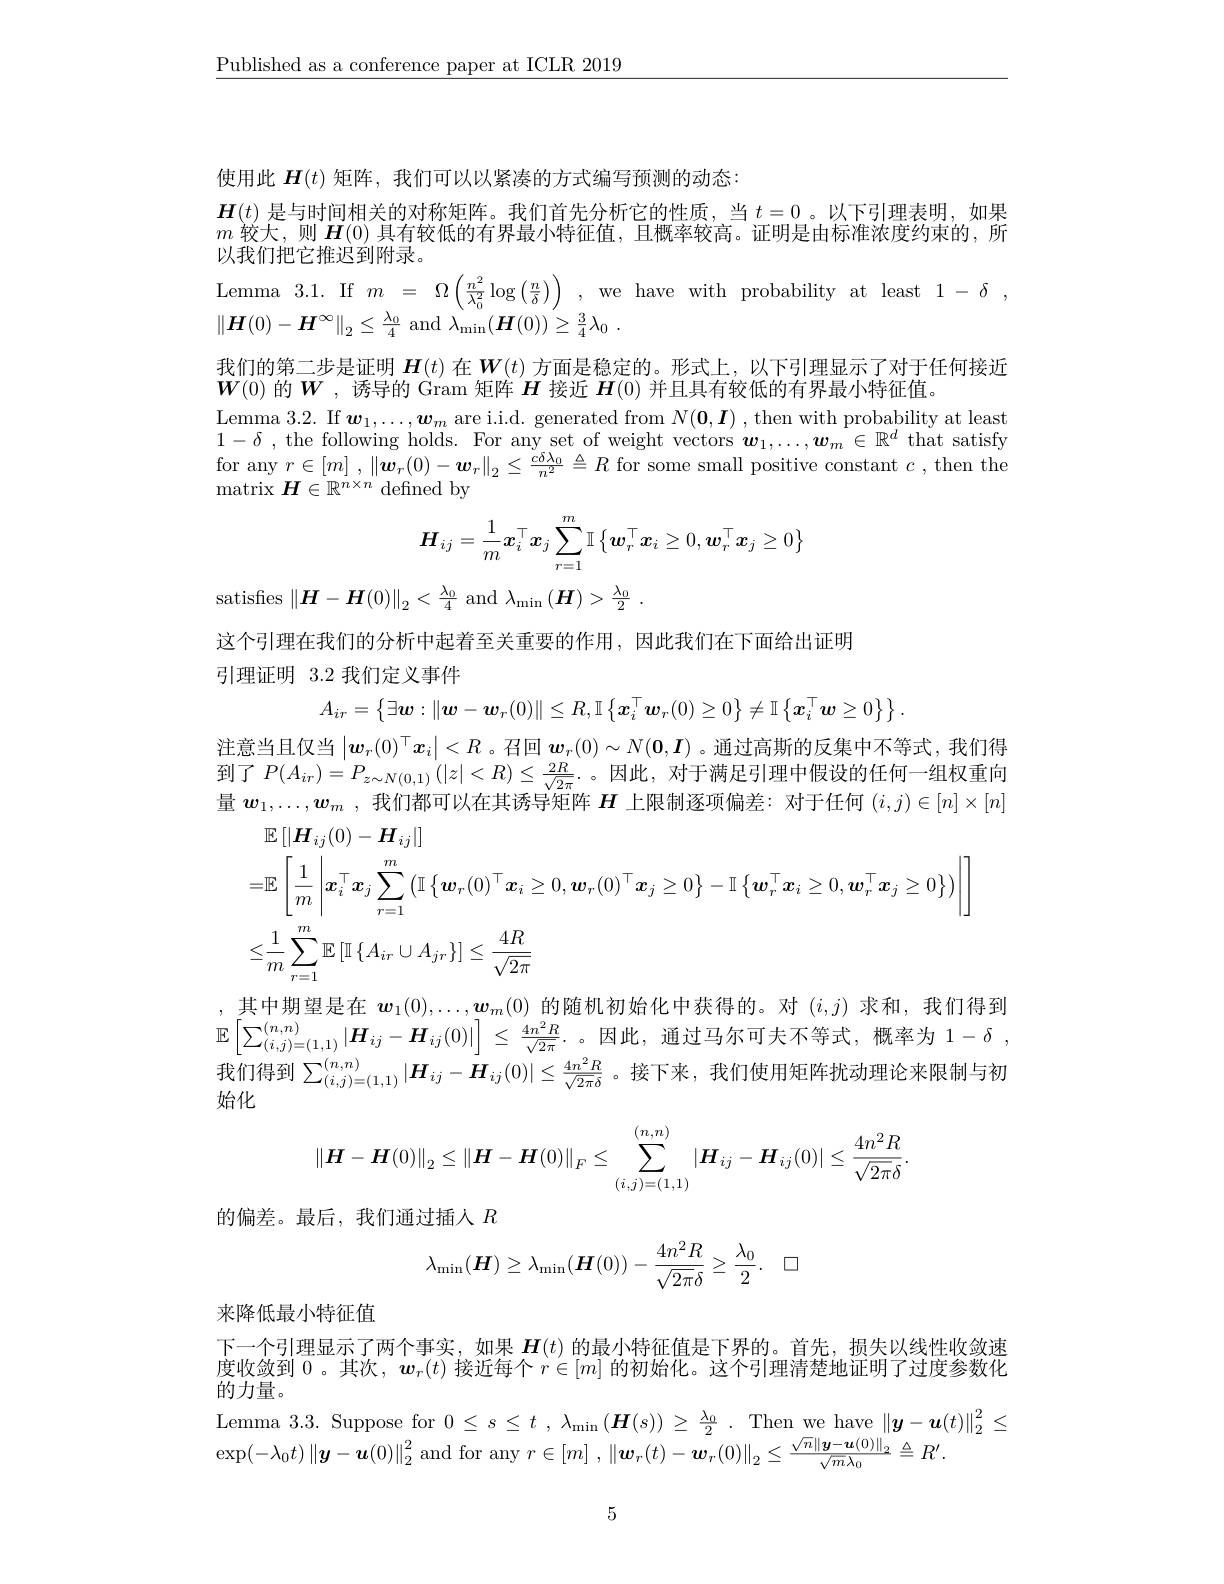
$\underline{\text{Published as a conference paper at ICLR 2019}}$

使用此$\boldsymbol{H}(t)$矩阵，我们可以以紧凑的方式编写预测的动态：
$\boldsymbol{H}(t)$是与时间相关的对称矩阵。我们首先分析它的性质，当$t=0$ 。以下引理表明，如果$m$较大，则$\boldsymbol{H}(0)$具有较低的有界最小特征值，且概率较高。证明是由标准浓度约束的，所以我们把它推迟到附录。
Lemma 3.1. If$m=\Omega\left(\frac{n^2}{\lambda_0^2}\log\left(\frac{n}{\delta}\right)\right)$,we have with probability at least $1-\delta$,
$\|\boldsymbol{H}(0)-\boldsymbol{H}^{\infty}\|_{2}\leq\frac{\lambda_{0}}{4}$ and $\lambda_\mathrm{min}(\boldsymbol{H}(0))\geq\frac{3}{4}\lambda_{0}$
我们的第二步是证明$\boldsymbol{H}(t)$在$\boldsymbol{W}(t)$方面是稳定的。形式上，以下引理显示了对于任何接近
$\boldsymbol{W}(0)$的$\boldsymbol{W}$,诱导的 Gram 矩阵$\boldsymbol{H}$接近$\boldsymbol{H}(0)$并且具有较低的有界最小特征值。
$\begin{array}{c}\mathrm{Lemma~3.2.~If~}\boldsymbol{w}_1,\ldots,\boldsymbol{w}_m\mathrm{~are~i.i.d.~generated~from~}N(\mathbf{0},\boldsymbol{I})\end{array}$,then with probability at least $1- \delta$ , the following holds. For any set of weight vectors $\boldsymbol w_1,\ldots,\boldsymbol w_m\in\mathbb{R}^d$ that satisfy for any $r\in[m]$ , $\|\boldsymbol{w}_r(0)-\boldsymbol{w}_r\|_2\leq\frac{c\delta\lambda_0}{n^2}\triangleq R$ for some small positive constant $c$, then the $\operatorname*{matrix}H\in\mathbb{R}^{n\times n}$ defined by
$$\boldsymbol{H}_{ij}=\frac{1}{m}\boldsymbol{x}_{i}^{\top}\boldsymbol{x}_{j}\sum_{r=1}^{m}\mathbb{I}\left\{\boldsymbol{w}_{r}^{\top}\boldsymbol{x}_{i}\geq0,\boldsymbol{w}_{r}^{\top}\boldsymbol{x}_{j}\geq0\right\}$$
satisfies $\|\boldsymbol{H}-\boldsymbol{H}(0)\|_{2}<\frac{\lambda_{0}}{4}$ and $\lambda_\mathrm{min}\left(\boldsymbol{H}\right)>\frac{\lambda_{0}}{2}.$
这个引理在我们的分析中起着至关重要的作用，因此我们在下面给出证明
引理证明 3.2 我们定义事件
$$A_{ir}=\begin{Bmatrix}\exists\boldsymbol{w}:\|\boldsymbol{w}-\boldsymbol{w}_r(0)\|\leq R,\mathbb{I}\begin{Bmatrix}\boldsymbol{x}_i^\top\boldsymbol{w}_r(0)\geq0\end{Bmatrix}\neq\mathbb{I}\begin{Bmatrix}\boldsymbol{x}_i^\top\boldsymbol{w}\geq0\end{Bmatrix}\end{Bmatrix}.$$
注意当且仅当$|\boldsymbol w_r(0)^\top\boldsymbol{x}_i|<R$ 。召回$\boldsymbol w_r(0)\sim N(\boldsymbol{0},\boldsymbol{I})$ 。通过高斯的反集中不等式，我们得到了$P(A_{ir})=P_{z\sim N(0,1)}\left(|z|<R\right)\leq\frac{2R}{\sqrt{2\pi}}.$。因此，对于满足引理中假设的任何一组权重向量$w_1,\ldots,w_m$ ,我们都可以在其诱导矩阵$H$上限制逐项偏差：对于任何$(i,j)\in[n]\times[n]$
$$\begin{aligned}&\mathbb{E}\left[|\boldsymbol{H}_{ij}(0)-\boldsymbol{H}_{ij}|\right]\\&=\mathbb{E}\left[\frac{1}{m}\left|\boldsymbol{x}_{i}^{\top}\boldsymbol{x}_{j}\sum_{r=1}^{m}\left(\mathbb{I}\left\{\boldsymbol{w}_{r}(0)^{\top}\boldsymbol{x}_{i}\geq0,\boldsymbol{w}_{r}(0)^{\top}\boldsymbol{x}_{j}\geq0\right\}-\mathbb{I}\left\{\boldsymbol{w}_{r}^{\top}\boldsymbol{x}_{i}\geq0,\boldsymbol{w}_{r}^{\top}\boldsymbol{x}_{j}\geq0\right\}\right)\right|\right]\\&\leq\frac{1}{m}\sum_{r=1}^{m}\mathbb{E}\left[\mathbb{I}\left\{A_{ir}\cup A_{jr}\right\}\right]\leq\frac{4R}{\sqrt{2\pi}}\end{aligned}$$
,其中期望是在$\boldsymbol w_1(0),\ldots,\boldsymbol w_m(0)$的随机初始化中获得的。对$(i,j)$求和，我们得到$\mathbb{E}\left|\sum_{(i,j)=(1,1)}^{(n,n)}|\boldsymbol{H}_{ij}-\boldsymbol{H}_{ij}(0)|\right|\leq\frac{4n^{2}R}{\sqrt{2\pi}}.$。因此，通过马尔可夫不等式，概率为$1-\delta$ 我们得到$\sum_{(i,j)=(1,1)}^{(n,n)}|\boldsymbol{H}_{ij}-\boldsymbol{H}_{ij}(0)|\leq\frac{4n^2R}{\sqrt{2\pi\delta}}$。接下来，我们使用矩阵扰动理论来限制与初始化
$$\|\boldsymbol{H}-\boldsymbol{H}(0)\|_2\leq\|\boldsymbol{H}-\boldsymbol{H}(0)\|_F\leq\sum_{(i,j)=(1,1)}^{(n,n)}|\boldsymbol{H}_{ij}-\boldsymbol{H}_{ij}(0)|\leq\frac{4n^2R}{\sqrt{2\pi}\delta}.$$
的偏差。最后，我们通过插人$R$
$$\lambda_{\min}(H)\geq\lambda_{\min}(H(0))-\frac{4n^{2}R}{\sqrt{2\pi}\delta}\geq\frac{\lambda_{0}}{2}.\quad\square $$
来降低最小特征值

下一个引理显示了两个事实，如果$\boldsymbol{H}(t)$的最小特征值是下界的。首先，损失以线性收敛速度收敛到$\overline{0}$。其次，$\boldsymbol w_r(t)$接近每个$r\in[m]$的初始化。这个引理清楚地证明了过度参数化的力量。
Lemma 3.3. Suppose for $0\leq s\leq t,\lambda_{\mathrm{min}}\left(\boldsymbol{H}(s)\right)\geq\frac{\lambda_{0}}2.$ Then we have $\left\|\boldsymbol{y}-\boldsymbol{u}(t)\right\|_2^2\leq$
$\exp(-\lambda_0t)\left\|\boldsymbol{y}-\boldsymbol{u}(0)\right\|_2^2$and for any $r\in [ m]$ $, \left \| \boldsymbol{w}_r( t) - \boldsymbol{w}_r( 0) \right \| _2\leq \frac {\sqrt {n}\left \| \boldsymbol{y}- \boldsymbol{u}( 0) \right \| _2}{\sqrt {m}\lambda _0}\triangleq R^{\prime }.$

5